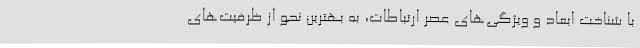
با شناخت ابعاد و ویژگی‌های عصر ارتباطات، به بهترین نحو از ظرفیت‌های